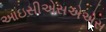
આઇસીએસએએસ